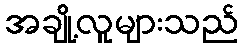
အချို့လူများသည်